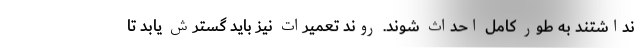
نداشتند به طور کامل احداث شوند. روند تعمیرات نیز باید گسترش یابد تا